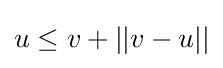
u\leq v+||v-u||